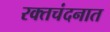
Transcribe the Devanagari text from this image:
रक्तचंदनात